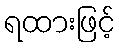
ရထားဖြင့်